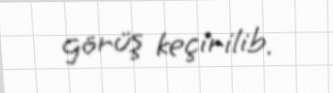
görüş keçirilib.